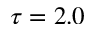
\tau = 2 . 0